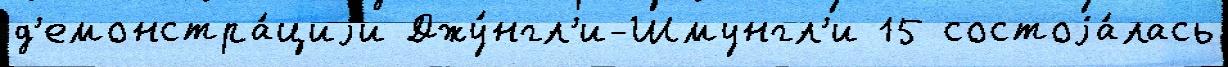
д'емонстра́циjи Джу́нгл'и-Шмунгл'и 15 состоjа́лась